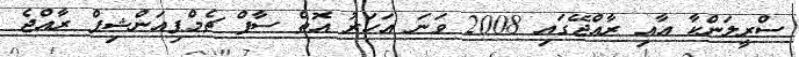
ސްރީލަންކާ އާއި ރާއްޖޭގައި 2008 ވަަނަ އަަހަރު އޮތް ސާފް ޗެމްޕިއަންޝިޕް ރާއްޖެ